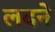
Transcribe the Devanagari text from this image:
लदने